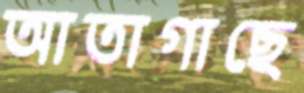
আতাগাছে